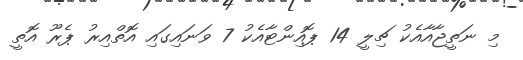
މި ނަތީޖާއާއެކު ޗިލީ 14 ޕޮއިންޓާއެކު 7 ވަނައިގައި އޮތްއިރު ޕެރޫ އޮތީ